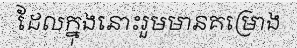
ដែលក្នុងនោះរួមមានគម្រោង